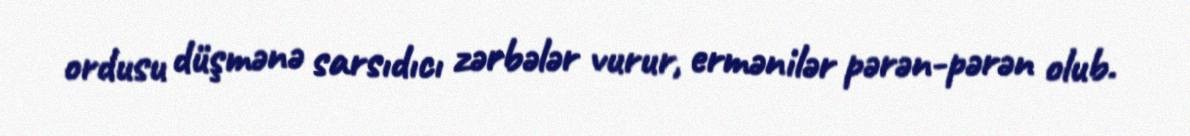
ordusu düşmənə sarsıdıcı zərbələr vurur, ermənilər pərən-pərən olub.